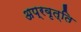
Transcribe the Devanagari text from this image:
अप्रवृत्ति